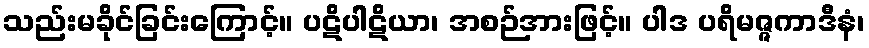
သည်းမခိုင်ခြင်းကြောင့်။ ပဋိပါဋိယာ၊ အစဉ်အားဖြင့်။ ပါဒ ပရိမဇ္ဇကာဒီနံ၊